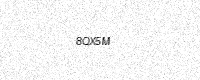
Text: 8QX5M